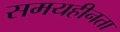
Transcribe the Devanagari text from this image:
समयहीनता